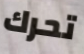
تحرك